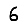
Digit: 6